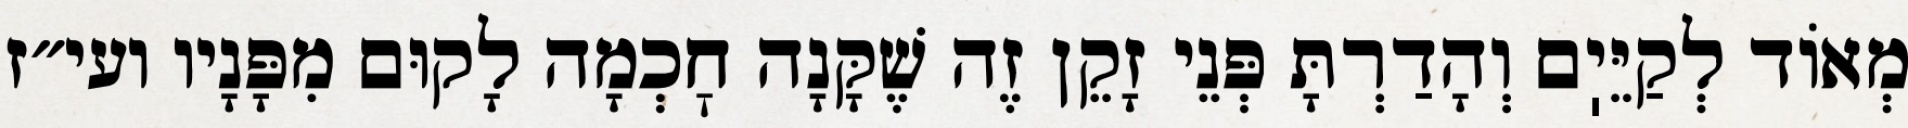
מְאוֹד לְקַיֵּיֽם וְהָדַרְתָּ פְּנֵי זָקֵן זֶה שֶׁקָּנָה חׇכְמָה לָקוּם מִפָּנָיו ועי״ז